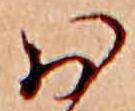
お